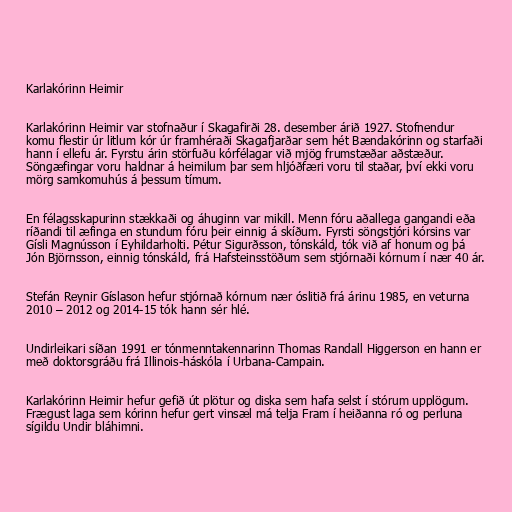
Karlakórinn Heimir

Karlakórinn Heimir var stofnaður í Skagafirði 28. desember árið 1927. Stofnendur
komu flestir úr litlum kór úr framhéraði Skagafjarðar sem hét Bændakórinn og starfaði
hann í ellefu ár. Fyrstu árin störfuðu kórfélagar við mjög frumstæðar aðstæður.
Söngæfingar voru haldnar á heimilum þar sem hljóðfæri voru til staðar, því ekki voru
mörg samkomuhús á þessum tímum.

En félagsskapurinn stækkaði og áhuginn var mikill. Menn fóru aðallega gangandi eða
ríðandi til æfinga en stundum fóru þeir einnig á skíðum. Fyrsti söngstjóri kórsins var
Gísli Magnússon í Eyhildarholti. Pétur Sigurðsson, tónskáld, tók við af honum og þá
Jón Björnsson, einnig tónskáld, frá Hafsteinsstöðum sem stjórnaði kórnum í nær 40 ár.

Stefán Reynir Gíslason hefur stjórnað kórnum nær óslitið frá árinu 1985, en veturna
2010 – 2012 og 2014-15 tók hann sér hlé.

Undirleikari síðan 1991 er tónmenntakennarinn Thomas Randall Higgerson en hann er
með doktorsgráðu frá Illinois-háskóla í Urbana-Campain.

Karlakórinn Heimir hefur gefið út plötur og diska sem hafa selst í stórum upplögum.
Frægust laga sem kórinn hefur gert vinsæl má telja Fram í heiðanna ró og perluna
sígildu Undir bláhimni.